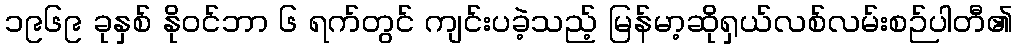
၁၉၆၉ ခုနှစ် နိုဝင်ဘာ ၆ ရက်တွင် ကျင်းပခဲ့သည့် မြန်မာ့ဆိုရှယ်လစ်လမ်းစဉ်ပါတီ၏